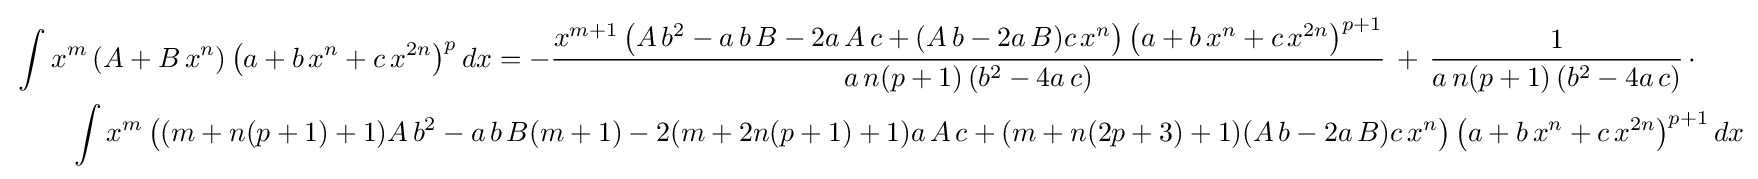
{\begin{aligned}&\int x^{m}\left(A+B\,x^{n}\right)\left(a+b\,x^{n}+c\,x^{2n}\right)^{p}dx=-{\frac {x^{m+1}\left(A\,b^{2}-a\,b\,B-2a\,A\,c+(A\,b-2a\,B)c\,x^{n}\right)\left(a+b\,x^{n}+c\,x^{2n}\right)^{p+1}}{a\,n(p+1)\left(b^{2}-4a\,c\right)}}\,+\,{\frac {1}{a\,n(p+1)\left(b^{2}-4a\,c\right)}}\,\cdot \\&\qquad \int x^{m}\left((m+n(p+1)+1)A\,b^{2}-a\,b\,B(m+1)-2(m+2n(p+1)+1)a\,A\,c+(m+n(2p+3)+1)(A\,b-2a\,B)c\,x^{n}\right)\left(a+b\,x^{n}+c\,x^{2n}\right)^{p+1}dx\end{aligned}}